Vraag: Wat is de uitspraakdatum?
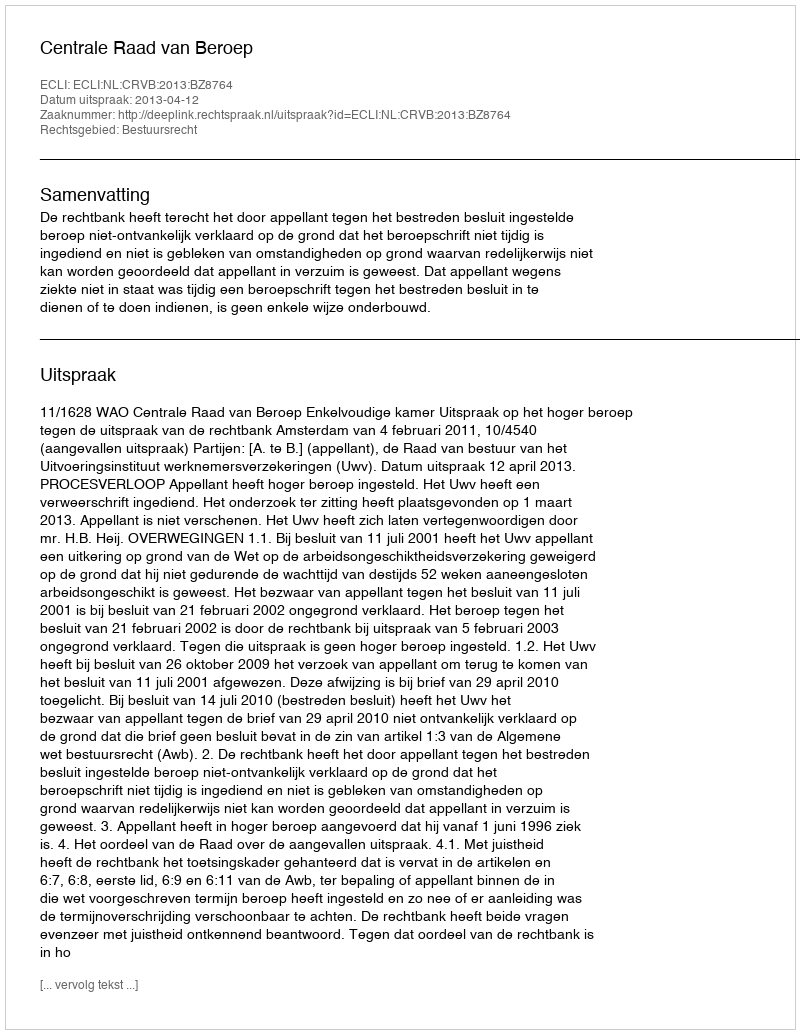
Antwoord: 2013-04-12